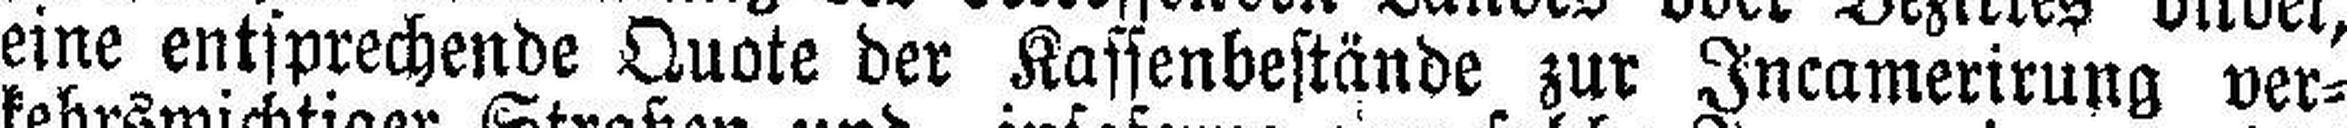
eine entsprechende Quote der Kaffenbestände zur Incamerirung ver¬